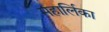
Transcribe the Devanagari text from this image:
महार्लिका